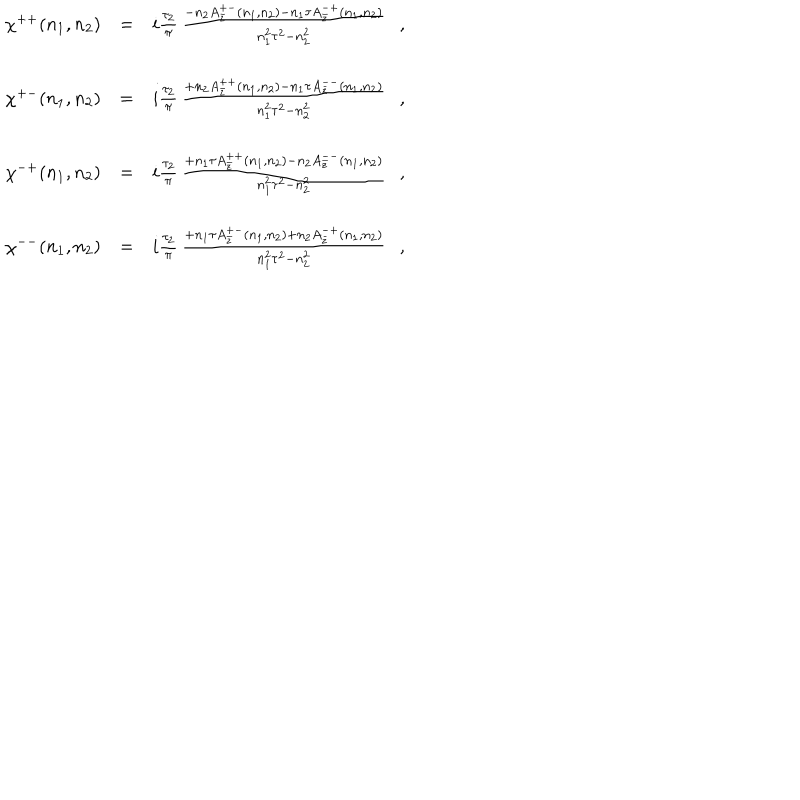
LaTeX: \begin{array} { r c l } { { \chi ^ { + + } ( n _ { 1 } , n _ { 2 } ) } } & { { = } } & { { i \frac { \tau _ { 2 } } { \pi } \, \frac { - n _ { 2 } A _ { \bar { z } } ^ { + - } ( n _ { 1 } , n _ { 2 } ) - n _ { 1 } \tau A _ { \bar { z } } ^ { - + } ( n _ { 1 } , n _ { 2 } ) } { n _ { 1 } ^ { 2 } \tau ^ { 2 } - n _ { 2 } ^ { 2 } } \ \ \ , } } \\ { { } } & { { } } & { { } } \\ { { \chi ^ { + - } ( n _ { 1 } , n _ { 2 } ) } } & { { = } } & { { i \frac { \tau _ { 2 } } { \pi } \, \frac { + n _ { 2 } A _ { \bar { z } } ^ { + + } ( n _ { 1 } , n _ { 2 } ) - n _ { 1 } \tau A _ { \bar { z } } ^ { -- } ( n _ { 1 } , n _ { 2 } ) } { n _ { 1 } ^ { 2 } \tau ^ { 2 } - n _ { 2 } ^ { 2 } } \ \ \ , } } \\ { { } } & { { } } & { { } } \\ { { \chi ^ { - + } ( n _ { 1 } , n _ { 2 } ) } } & { { = } } & { { i \frac { \tau _ { 2 } } { \pi } \, \frac { + n _ { 1 } \tau A _ { \bar { z } } ^ { + + } ( n _ { 1 } , n _ { 2 } ) - n _ { 2 } A _ { \bar { z } } ^ { -- } ( n _ { 1 } , n _ { 2 } ) } { n _ { 1 } ^ { 2 } \tau ^ { 2 } - n _ { 2 } ^ { 2 } } \ \ \ , } } \\ { { } } & { { } } & { { } } \\ { { \chi ^ { -- } ( n _ { 1 } , n _ { 2 } ) } } & { { = } } & { { i \frac { \tau _ { 2 } } { \pi } \, \frac { + n _ { 1 } \tau A _ { \bar { z } } ^ { + - } ( n _ { 1 } , n _ { 2 } ) + n _ { 2 } A _ { \bar { z } } ^ { - + } ( n _ { 1 } , n _ { 2 } ) } { n _ { 1 } ^ { 2 } \tau ^ { 2 } - n _ { 2 } ^ { 2 } } \ \ \ , } } \\ \end{array}